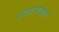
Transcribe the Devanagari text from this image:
आणल्याबद्दल